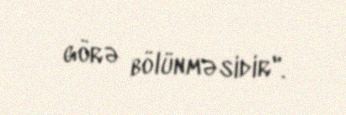
görə bölünməsidir".